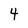
Character: 4